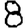
Digit: 8